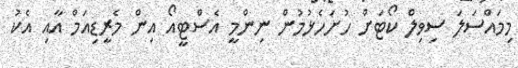
މިމައްސަލަ ސިވިލް ކޯޓަށް ހުށަހެޅުމުން ނިންމީ އެސްޓީއޯ އިން މެރީޑިއަމް އާއި އެކު